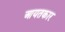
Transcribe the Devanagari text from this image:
आयतकार